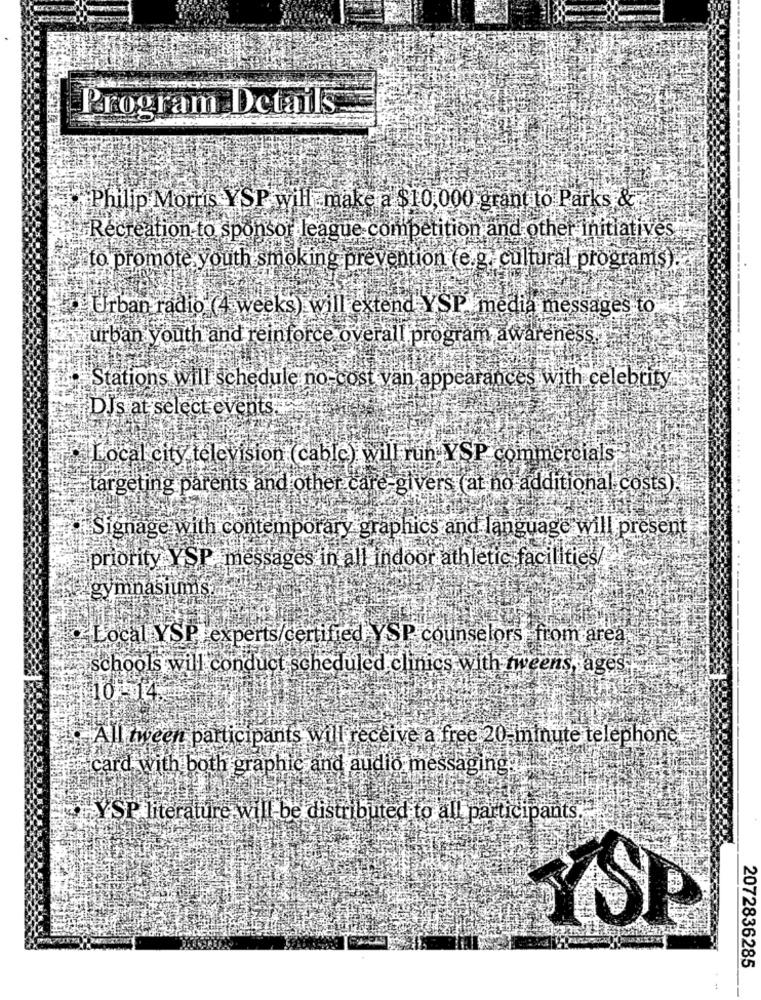
Program Details
Philip Morris YSP will make a $10,000 grant to Parks &
Recreation to sponsor league competition and other initiatives
to promote youth smoking prevention (e.g. cultural programs).
Urban radio (4 weeks) will extend YSP, media messages to
urban youth and reinforce overall program awareness.
Stations will schedule no-cost van appearances with celebrity.
DJs at select events.
...
Local city television (cable) will run YSP commercials
targeting parents and other care givers (at no additional costs)
Signage with contemporary graphics and language will present
priority YSP. messages in all indoor athletic facilities/
gymnasiums ...
Local YSP experts/certified YSP counselors from area
schools will conduct scheduled clinics with tweens, ages
110-14
All tween participants will receive a free 20-minute telephone
card with both graphie and audio messaging.
YSP literature will be distributed to all participants
2072836285